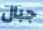
جبال